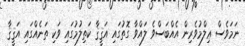
ނަމަވެސް ޢިލްމުވެރިން އެއްބަސްވެ ލައްވާ ގޮތުގައި އަޤީޤާ ކަތިލުމުގައި ވަކި ތަނެއްގައި އަޤީޤާ